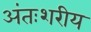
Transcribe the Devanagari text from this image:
अंतःशरीय